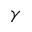
\gamma